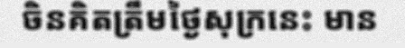
ចិនគិតត្រឹមថ្ងៃសុក្រនេះ មាន